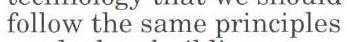
 follow the same principles